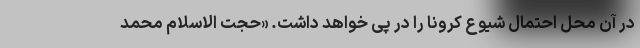
در آن محل احتمال شیوع کرونا را در پی خواهد داشت. «حجت الاسلام محمد